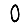
Digit: 0